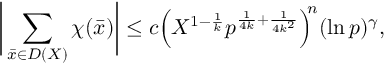
{ \biggl | } \sum _ { { \bar { x } } \in D ( X ) } \chi ( { \bar { x } } ) { \biggr | } \leq c { \Bigl ( } X ^ { 1 - { \frac { 1 } { k } } } p ^ { { \frac { 1 } { 4 k } } + { \frac { 1 } { 4 k ^ { 2 } } } } { \Bigr ) } ^ { \! \! n } ( \ln p ) ^ { \gamma } ,